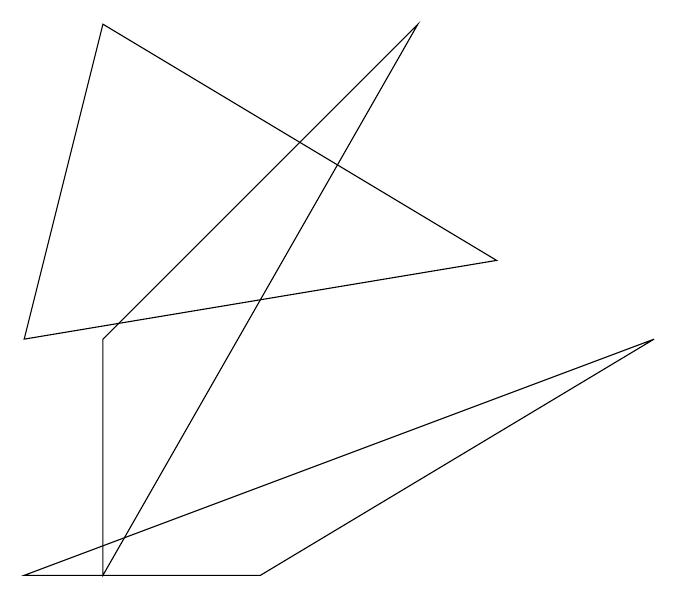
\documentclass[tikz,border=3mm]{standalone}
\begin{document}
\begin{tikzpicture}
\draw (1,2) -- (1,5) -- (5,9) -- cycle;
\draw (0,2) -- (8,5) -- (3,2) -- cycle;
\draw (0,5) -- (6,6) -- (1,9) -- cycle;
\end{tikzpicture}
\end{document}